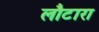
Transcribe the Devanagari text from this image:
लौटारा